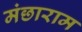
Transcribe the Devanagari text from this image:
मंछाराम